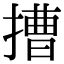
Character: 𢲵